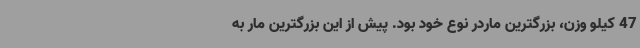
47 کیلو وزن، بزرگترین ماردر نوع خود بود. پیش از این بزرگترین مار به